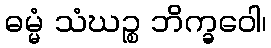
ဓမ္မံ သံဃဉ္စ ဘိက္ခဝေါ၊